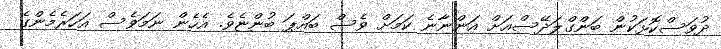
ދުވަސްކޮޅަކުން ބަންގްލަދޭސްއަށް އަންނާނެ ކަމަށް ވެސް ބައްޕަ ބުންޏެވެ. އެހެން ނަމަވެސް އަހަރެމެންގެ